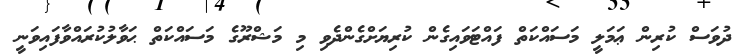
ދުވަސް ކުރިން ޢަމަލީ މަސައްކަތް ފައްޓަވައިގެން ކުރިޔަށްގެންދެވި މި މަޝްރޫގެ މަސައްކަތް ޙަވާލުކުރައްވާފައިވަނީ